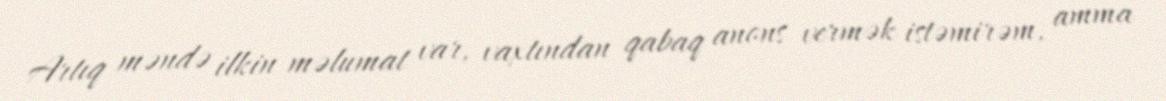
Artıq məndə ilkin məlumat var, vaxtından qabaq anons vermək istəmirəm, amma